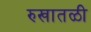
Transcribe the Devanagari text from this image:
रुखातळी